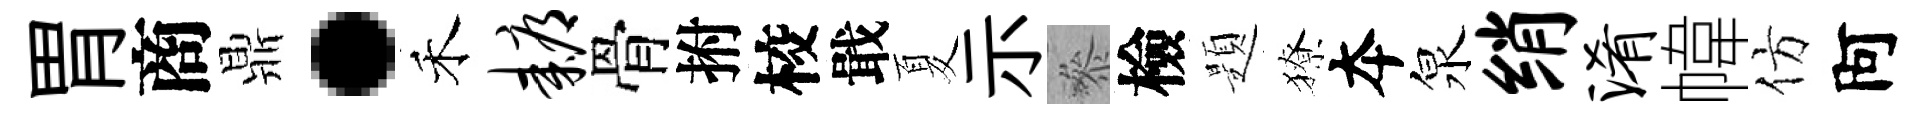
胃商鼎·禾耨骨拊校戢夏示叅檢題獠夲泉绡淆幃仿阿